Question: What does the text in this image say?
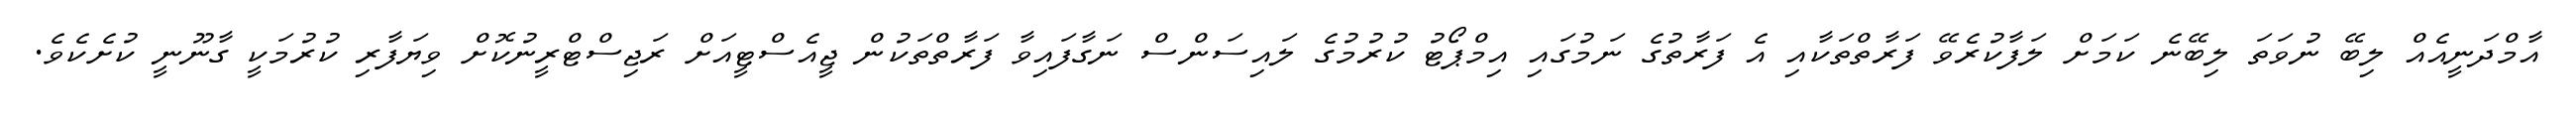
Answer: އާމްދަނީއެއް ލިބޭ ނުވަތަ ލިބޭނެ ކަމަށް ލަފާކުރެވޭ ފަރާތްތަކާއި އެ ފަރާތުގެ ނަމުގައި އިމްޕޯޓު ކުރުމުގެ ލައިސަންސް ނަގާފައިވާ ފަރާތްތަކުން ޖީއެސްޓީއަށް ރަޖިސްޓްރީނުކޮށް ވިޔަފާރި ކުރުމަކީ ގާނޫނީ ކުށެކެވެ.